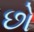
છો